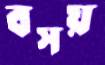
বসয়